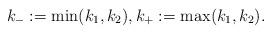
LaTeX: \begin{align*}k_- := \min(k_1,k_2) , k_+ := \max(k_1,k_2) .\end{align*}